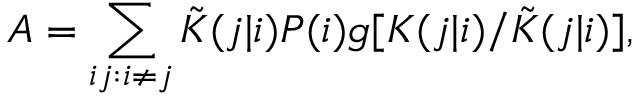
A = \sum _ { i j : i \ne j } \tilde { K } ( j | i ) P ( i ) g [ K ( j | i ) / \tilde { K } ( j | i ) ] ,